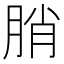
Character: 䏴